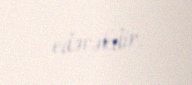
edəcəkdir.